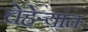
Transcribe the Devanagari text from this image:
चेहेर्‍यांत